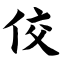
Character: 佼